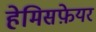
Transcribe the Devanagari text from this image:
हेमिसफ़ेयर